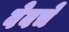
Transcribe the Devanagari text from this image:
वेबचे